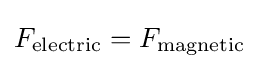
F_{\text{electric}}=F_{\text{magnetic}}